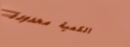
الكمية محدودة